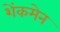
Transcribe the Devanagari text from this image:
शेंकमेन